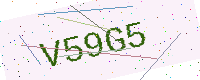
Text: V59G5